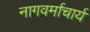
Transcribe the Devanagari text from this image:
नागवर्माचार्य